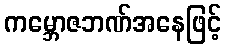
ကမ္ဘောဇဘဏ်အနေဖြင့်